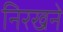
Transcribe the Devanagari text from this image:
निरखने